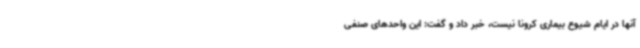
آنها در ایام شیوع بیماری کرونا نیست، خبر داد و گفت: این واحدهای صنفی